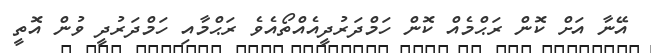
އޭނާ އަށް ކޮން ރަޙްމެއް ކޮން ހަމްދަރުދީއެއްތޯއެވެ ރަޙްމާއި ހަމްދަރުދީ ވުން އޮތީ